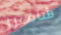
شامبرز